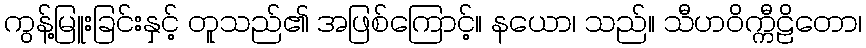
ကွန့်မြူးခြင်းနှင့် တူသည်၏ အဖြစ်ကြောင့်။ နယော၊ သည်။ သီဟဝိက္ကီဠိတော၊